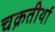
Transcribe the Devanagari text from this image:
चक्रतीर्था